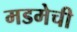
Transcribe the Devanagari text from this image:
मडमेची